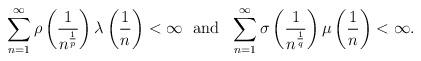
LaTeX: \begin{align*}\sum_{n=1}^\infty \rho\left(\frac{1}{n^{\frac{1}{p}}}\right)\lambda\left(\frac{1}{n}\right)<\infty~~\hbox{and}~~\sum_{n=1}^\infty \sigma\left(\frac{1}{n^{\frac{1}{q}}}\right)\mu\left(\frac{1}{n}\right)<\infty.\end{align*}